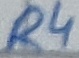
Text: R4